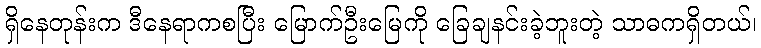
ရှိနေတုန်းက ဒီနေရာကစပြီး မြောက်ဦးမြေကို ခြေချနင်းခဲ့ဘူးတဲ့ သာဓကရှိတယ်၊